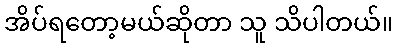
အိပ်ရတော့မယ်ဆိုတာ သူ သိပါတယ်။